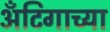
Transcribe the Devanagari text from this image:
अँटिगाच्या